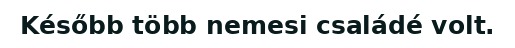
Később több nemesi családé volt.